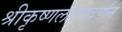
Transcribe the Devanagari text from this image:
श्रीकृष्णलीलावर्णन